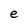
Character: e